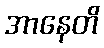
အာနေတိ